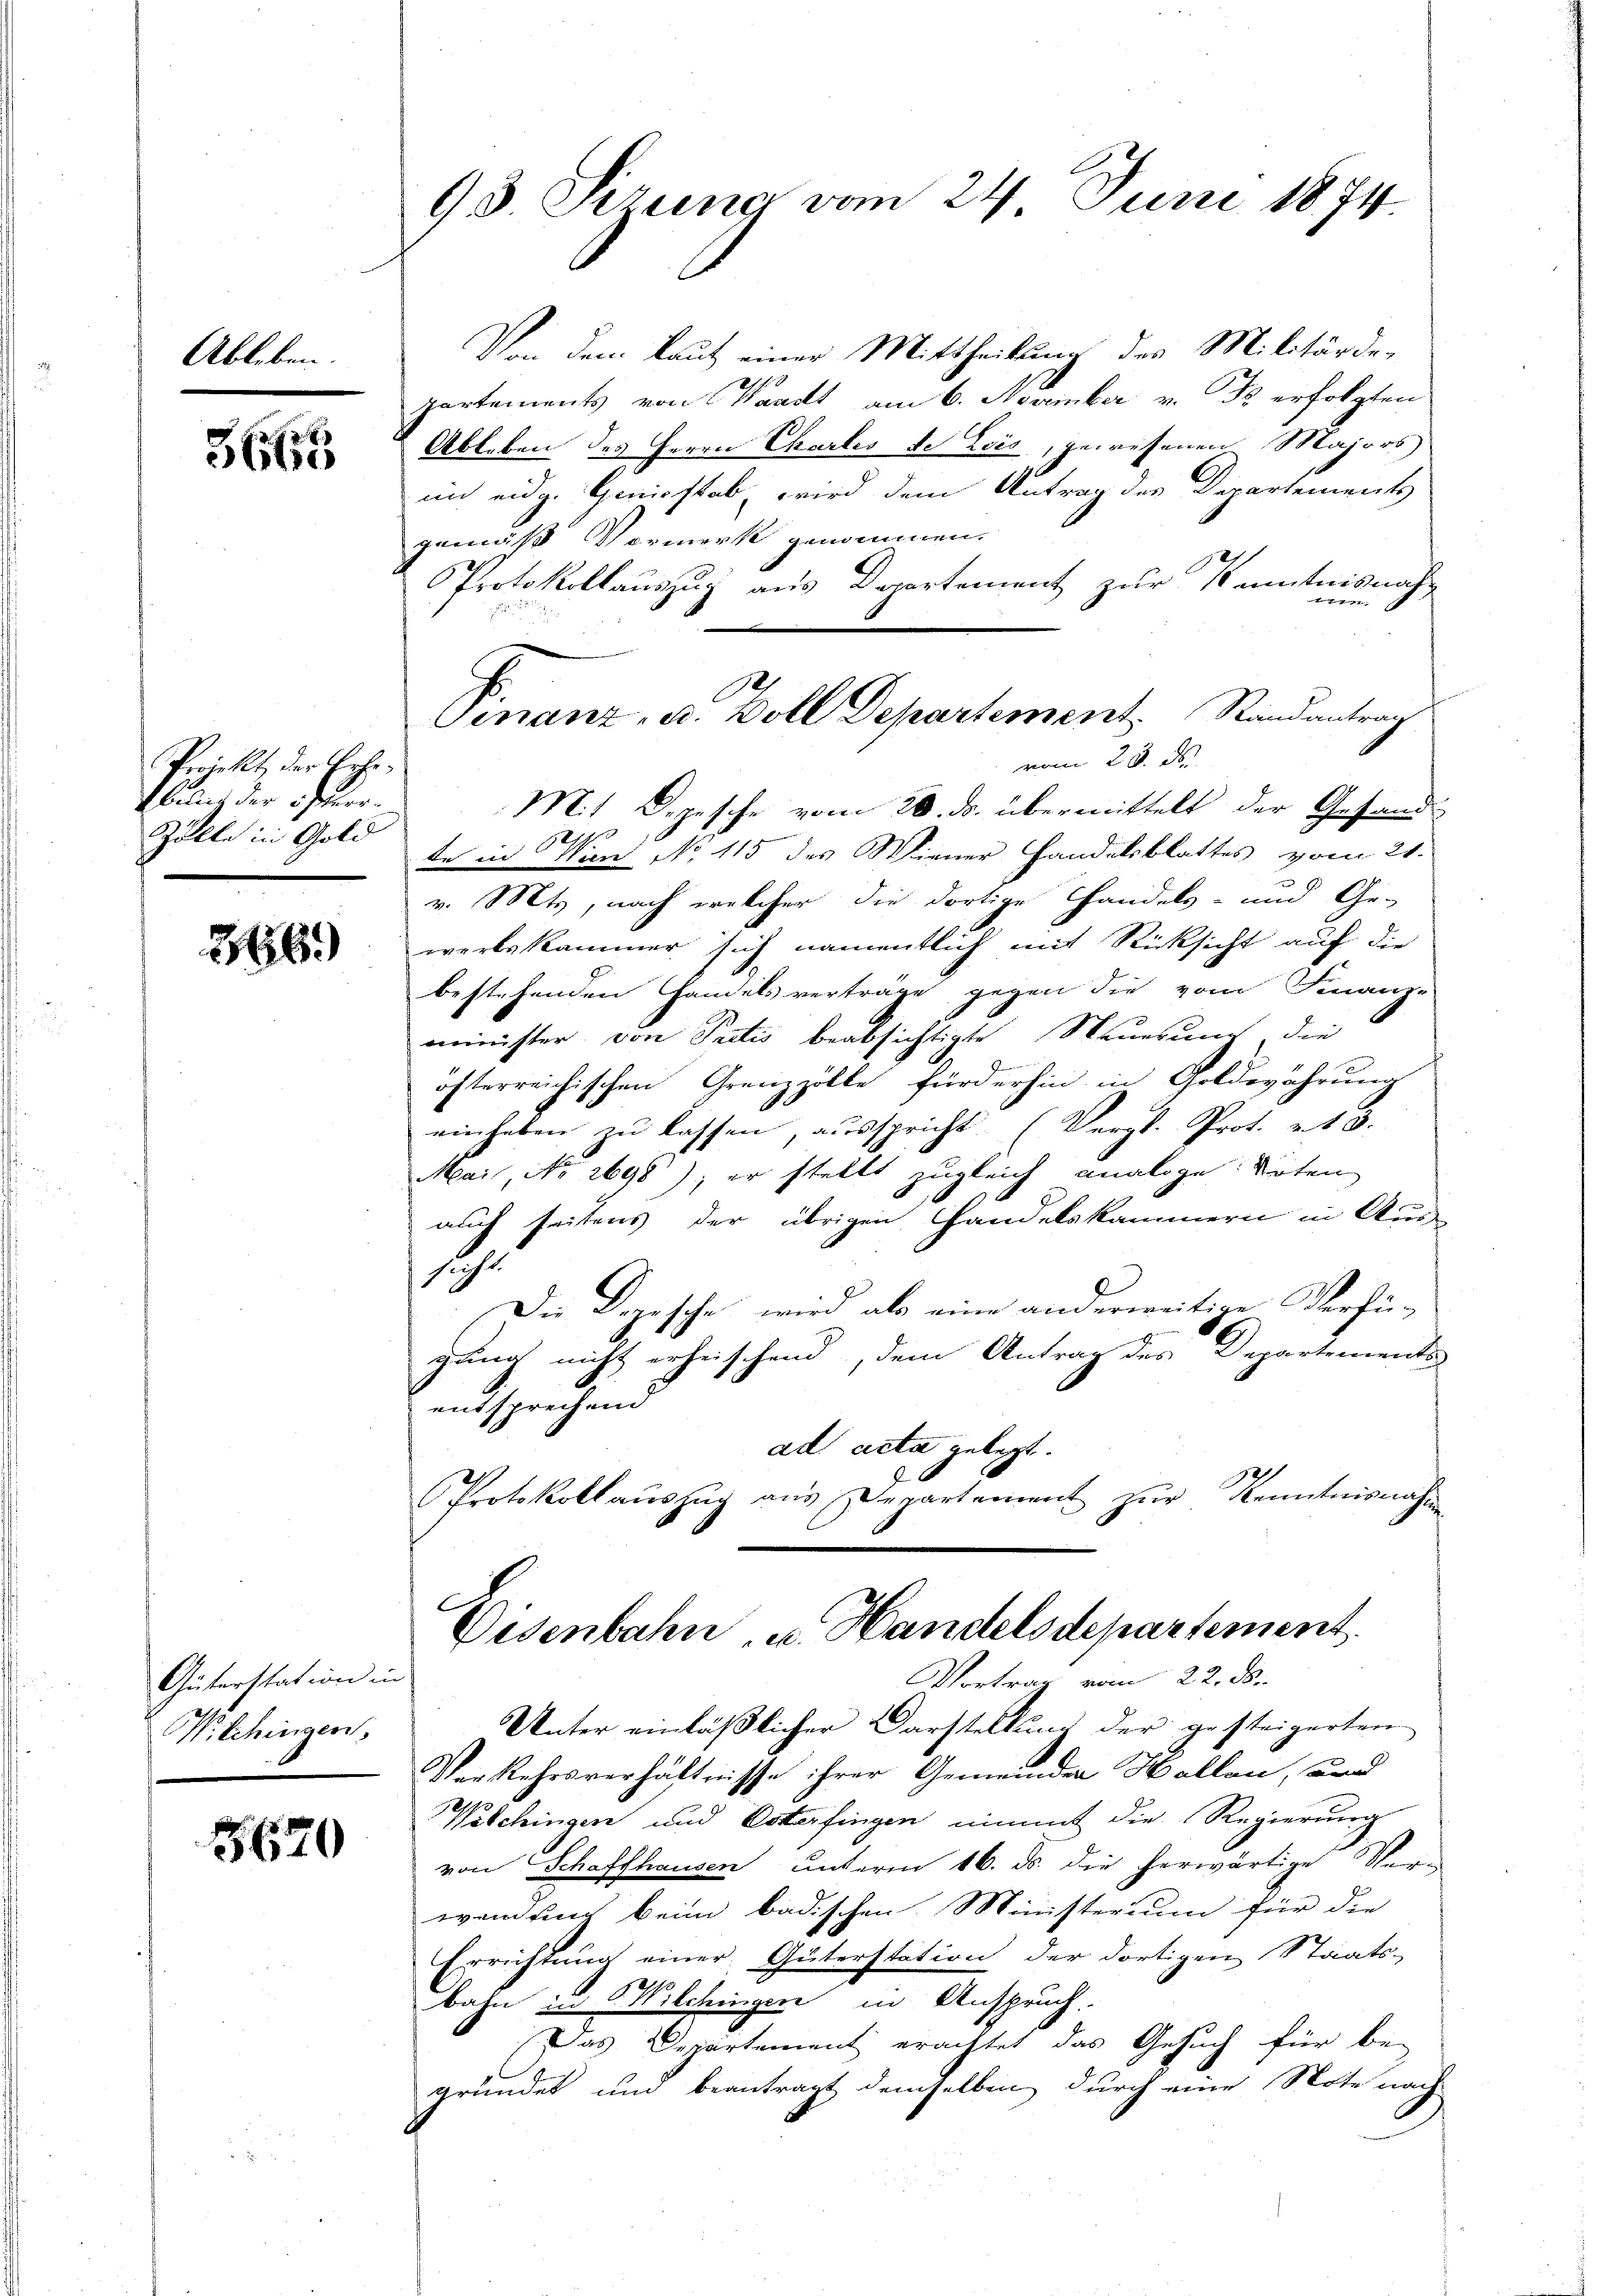
Ableben.

.
360

Projekt, der Erhe¬
Eberlich der Feuer-
Zölle in Gold

566)

Güterstation in
Witchingen

55670

93 Szung vom 24. Juni 1874

Von dem Laut einer Mittheilung des Militärde-
partements von Waadt am 6. November v. Js. erfolgten
Ableben des Herrn Chartes de Lois, gewesenen Majors
im eidg. Geniestab wird dem Antrag des Departements
gemäß Vormerk genommen.
PProtokollauszug aus Departement zur Kenntnisnah

Mit Depesche vom 20. ds. übermittelt der Gesand-
2.
te in Wien No 115 des Wiener Handelsblattes vom 21.
v. Mts, nach welcher die dortige Handels- und Ge-
werbskammer sich namentlich mit Rücksicht auf die
bestehenden Handels verträge gegen die vom Finanz-
minister von Sectis beabsichtigte Steuerung, die
öfterreichischen Grenzzölle fürderhin in Goldwährung
einheben zu lassen, ausspricht. (Vergl. Prot. v. 13.
Mai, No 2698), er stellt zugleich analoge Noten
auh seitens der übrigen Handelskammern in Aus-
siche
Die Dogische wird als eine anderweitige Verfügung nicht erheischend, dem Antrag des Departements
entsprechend
ad acta gelegt.
Protokollauszug aus Departement zŭr Kenntnisnahme
Disenbahn u. Handelsdepartement.
Vortrag vom 22. ds.
Unter einläßlicher Darstellung der gesteigerten
Verkehrsverhältnisse ihrer Gemeinder Hollon, und
Weschingen und Dotterfingen nimmt die Regierung
von Schaffhausen unterm 16. ds. die herwärtige Ver-
wendung beim badischen Ministerium für die
Errichtung einer Güterstation der dortigen Staats-
1
bahn in Wilchingen in Anspruch.
Das Departement erachtet das Gesuch für be-
gründet um beantragt demselben durch eine Note nach

Finanz- u. Boll Departement Randantrag
vom 25. de